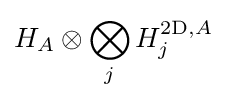
H_{A}\otimes \bigotimes _{j}H_{j}^{2\mathrm {D} ,A}